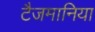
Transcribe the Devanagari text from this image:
टैजमानिया